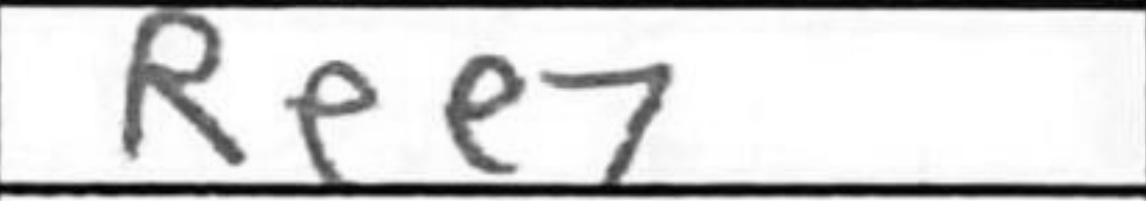
Transcription: Ree7